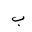
Letter: _ba